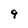
Character: 9